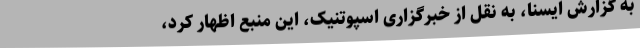
به گزارش ایسنا، به نقل از خبرگزاری اسپوتنیک، این منبع اظهار کرد،